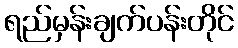
ရည်မှန်းချက်ပန်းတိုင်